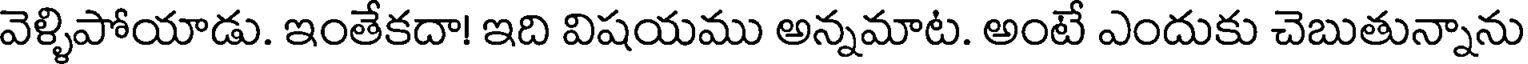
వెళ్ళిపోయాడు. ఇంతేకదా! ఇది విషయము అన్నమాట. అంటే ఎందుకు చెబుతున్నాను